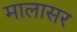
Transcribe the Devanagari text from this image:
मालासर